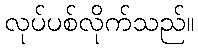
လုပ်ပစ်လိုက်သည်။